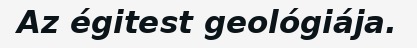
Az égitest geológiája.